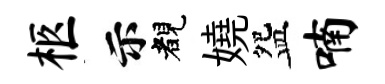
柩示睹嬈盌喃